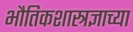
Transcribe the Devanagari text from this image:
भौतिकशास्त्रज्ञाच्या